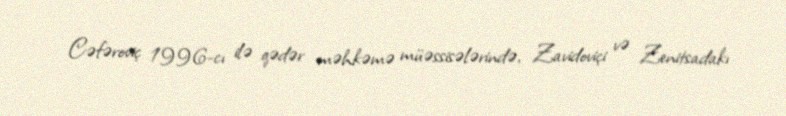
Cəfəroviç 1996-cı ilə qədər məhkəmə müəssisələrində, Zavidoviçi və Zenitsadakı